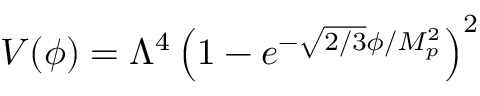
\quad V ( \phi ) = \Lambda ^ { 4 } \left( 1 - e ^ { - { \sqrt { 2 / 3 } } \phi / M _ { p } ^ { 2 } } \right) ^ { 2 }